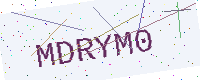
Text: MDRYM0